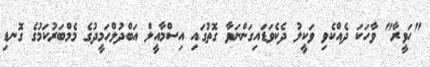
"ހަވީރާ" ވާހަކަ ދެއްކެވި ވަކީލު ދެކެވަޑައިގަންނަވާ ގޮތުގައި އިސްމާއީލް އަބްދުލްހަމީދުގެ މެމްބަރުކަމުގެ ގޮނޑި